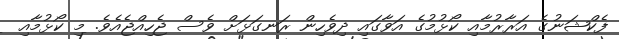
ފެކްޝަނުގެ އަރާރުމާއި ކޯޅުމުގެ އަވާގައި ދިވެހިން ރަނގަޅަށް ވެސް ޖެހިއްޖެއެވެ. މި ކޯޅުމާއި